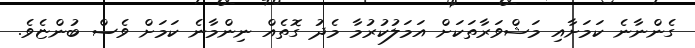
ގެންނާނެ ކަމަށާއި މަޝްވަރާތަކަށް އަމަލުކުރުމާ މެދު ގޮތެއް ނިންމާނެ ކަމަށް ވެސް ބުންޏެވެ.